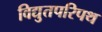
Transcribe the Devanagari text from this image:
विद्युतपरिपथ